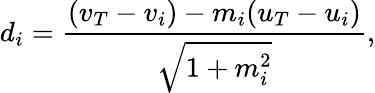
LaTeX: d_{i}={\frac{(v_{T}-v_{i})-m_{i}(u_{T}-u_{i})}{\sqrt{1+m_{i}^{2}}}},